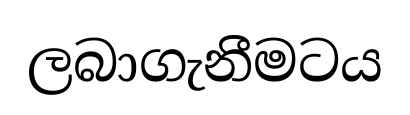
ලබාගැනීමටය